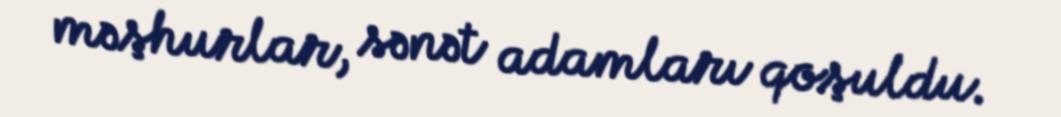
məşhurlar, sənət adamları qoşuldu.